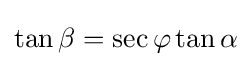
\tan \beta =\sec \varphi \tan \alpha